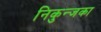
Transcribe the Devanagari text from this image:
निकुन्जका